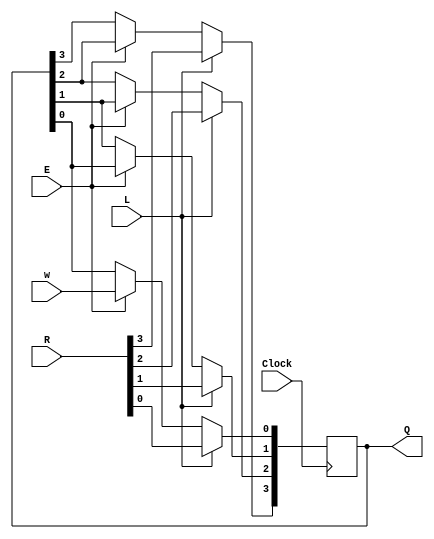
/* left shift register for use in homework 4.
 *
 * Inputs:
 *   R      - input to load into register
 *   L      - signal to load new value
 *   E      - enable signal to shift bits
 *   w      - new bit to shift into register
 *   Clock  - should be connected to a 50 MHz clock
 *
 * Outputs:
 *   Q     - current stored value
 *
 * Parameters:
 *   n     - bit-length of register
 */
module shiftlne (R, L, E, w, Clock, Q);
	parameter n = 4;
	input [n-1:0] R;
	input L, E, w, Clock;
	output reg [n-1:0] Q;
	integer k;

	always @(posedge Clock)
	begin
		if (L)
			Q <= R;
		else if (E)
			begin
			/*
			Provided Code:
				Q[n-1] <= w;
				for (k = n-2; k >= 0; k = k-1)
					Q[k] <= Q[k+1];
			end
			
			CHANGE: The shifter does not append to the most signifcant bit and then shift right.
			It should append to the least significant bit and shift left
			*/
			
			// New code:
				Q[0] <= w;
				for(k = 1; k < n; k = k+1) begin
					Q[k] <= Q[k-1];
				end
			end
	end

endmodule